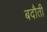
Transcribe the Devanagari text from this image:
बदौती